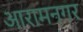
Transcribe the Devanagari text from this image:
आरामनगर